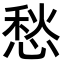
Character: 愁